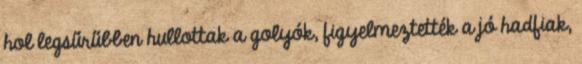
hol legsűrűbben hullottak a golyók, figyelmeztették a jó hadfiak,